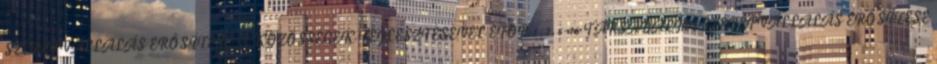
SZEREPVÁLLALÁS ERŐSÍTÉSE A KÖZÖSSÉGEK FEJLESZTÉSÉVEL EFOP-1.3.5-16 TÁRSADALMI SZEREPVÁLLALÁS ERŐSÍTÉSE